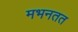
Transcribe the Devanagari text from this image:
मभनतत